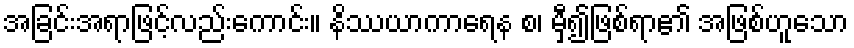
အခြင်းအရာဖြင့်လည်းကောင်း။ နိဿယာကာရေန စ၊ မှီ၍ဖြစ်ရာ၏ အဖြစ်ဟူသော